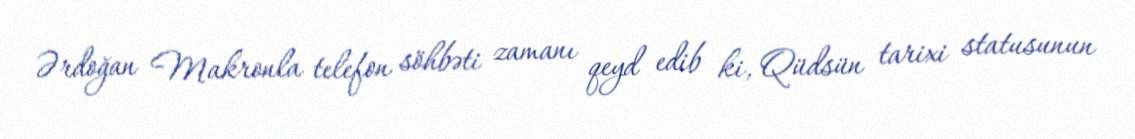
Ərdoğan Makronla telefon söhbəti zamanı qeyd edib ki, Qüdsün tarixi statusunun